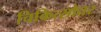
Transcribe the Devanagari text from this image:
चिकित्सोत्तर